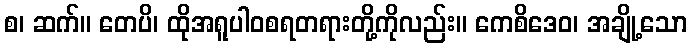
စ၊ ဆက်။ တေပိ၊ ထိုအရူပါဝစရတရားတို့ကိုလည်း။ ကေစိဒေဝ၊ အချို့သော